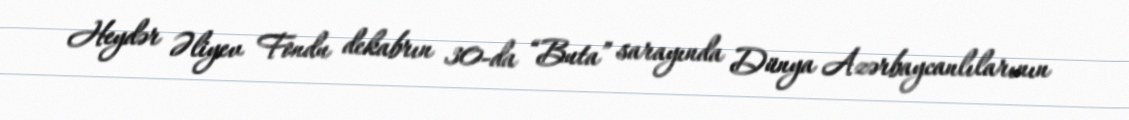
Heydər Əliyev Fondu dekabrın 30-da “Buta” sarayında Dünya Azərbaycanlılarının